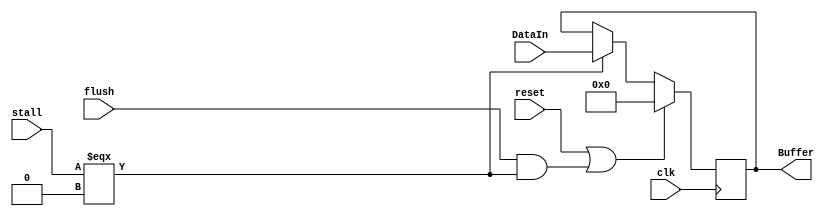
/*ID/EX Buffer 91 bit*/
/*
1: IOR                                |  0 
1: IOW                                |  1
1: OPS                                |  2
3: ALU_OP                             |  5:3
1: ALU                                |  6
2: FD                                 |  8:7
16: Data1                             |  24:9
16: Data2                             |  40:25
3: WB_Address                         |  43:41
1: MR                                 |  44
1: MW                                 |  45
1: WB                                 |  46
1: JMP                                |  47
1: SP                                 |  48
1: SPOP                               |  49
2: FGS                                |  51:50
32: PC                                |  83:52
1: JWSP                               |  84
3: SRC_Address                        |  87:85
1: IMM                                |  88
1: Stack_PC                           |  89
1: Stack_Flags                        |  90
1: INT                                |  91
*/

module ID_EX(
    DataIn, Buffer, clk, reset, flush,stall
);
    input [91:0] DataIn;
    input clk,reset,flush,stall;
    output reg [91:0] Buffer;
    always @(posedge clk) begin
        if(reset==1'b1||(flush==1'b1 && stall ===1'b0))
            Buffer=92'b0;
        else if (stall===1'b0)
            Buffer = DataIn;
    end
endmodule